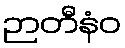
ဉာတီနံဝ